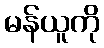
မန်ယူကို